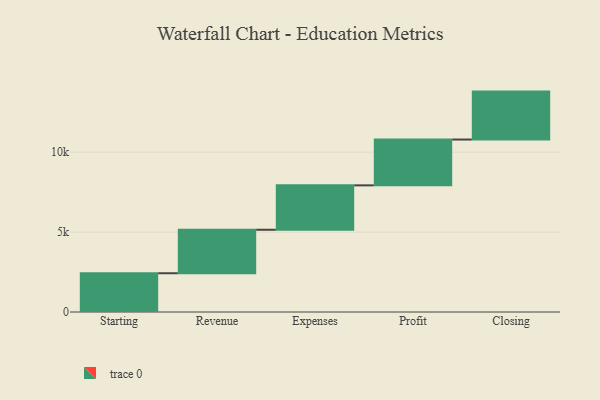
{"axis": {"x": "Step", "y": "Value"}, "legend": [""], "data": [{"x": "Starting", "y": 2425.0, "type": ""}, {"x": "Revenue", "y": 2721.0, "type": ""}, {"x": "Expenses", "y": 2778.0, "type": ""}, {"x": "Profit", "y": 2867.0, "type": ""}, {"x": "Closing", "y": 3000, "type": ""}]}